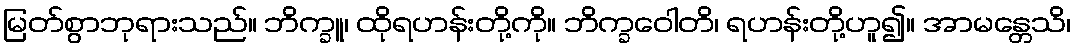
မြတ်စွာဘုရားသည်။ ဘိက္ခူ၊ ထိုရဟန်းတို့ကို။ ဘိက္ခဝေါတိ၊ ရဟန်းတို့ဟူ၍။ အာမန္တေသိ၊